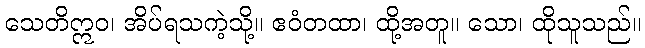
သေတိဣဝ၊ အိပ်ရသကဲ့သို့။ ဧဝံတထာ၊ ထို့အတူ။ သော၊ ထိုသူသည်။